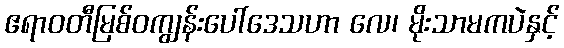
ဧရာဝတီမြစ်ဝကျွန်းပေါ်ဒေသဟာ လေ၊ မိုးသာမကပဲနှင့်